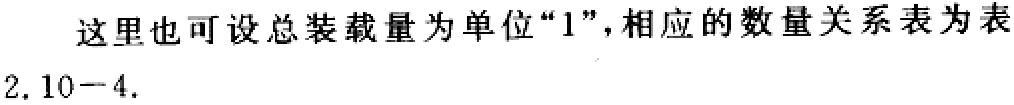
这里也可设总装载量为单位“1”，相应的数量关系表为表2. 10−4.